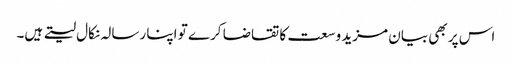
اس پر بھی بیان مزید وسعت کا تقاضا کرے تو اپنا رسالہ نکال لیتے ہیں۔